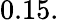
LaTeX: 0.15.